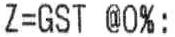
Z=GST @0%: